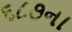
૬૮૭ના